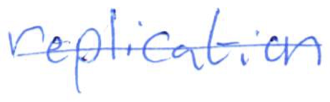
Text: replication
Cross-out: mix
Writing tool: ballpoint